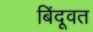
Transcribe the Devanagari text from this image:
बिंदूवत